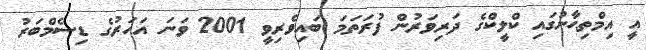
އީ އިމްތިޙާނުގައި ކްލީކްގެ ދަރިވަރުން ފުރަތަމަ ބައިވެރިވީ 2001 ވަނަ އަހަރުގެ ޑިސެމްބަރު